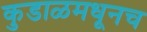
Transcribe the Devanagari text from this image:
कुडाळमधूनच